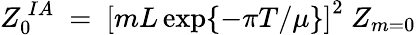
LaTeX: Z_{0}^{~IA}~=~\left[mL\exp\{ -\pi T/\mu\} \right]^{2}~Z_{m=0}